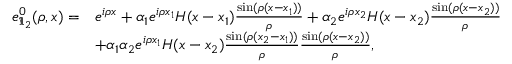
\begin{array} { r l } { e _ { \mathfrak { I } _ { 2 } } ^ { 0 } ( \rho , x ) = } & { e ^ { i \rho x } + \alpha _ { 1 } e ^ { i \rho x _ { 1 } } H ( x - x _ { 1 } ) \frac { \sin ( \rho ( x - x _ { 1 } ) ) } { \rho } + \alpha _ { 2 } e ^ { i \rho x _ { 2 } } H ( x - x _ { 2 } ) \frac { \sin ( \rho ( x - x _ { 2 } ) ) } { \rho } } \\ & { + \alpha _ { 1 } \alpha _ { 2 } e ^ { i \rho x _ { 1 } } H ( x - x _ { 2 } ) \frac { \sin ( \rho ( x _ { 2 } - x _ { 1 } ) ) } { \rho } \frac { \sin ( \rho ( x - x _ { 2 } ) ) } { \rho } , } \end{array}